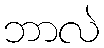
ဘာလဲ